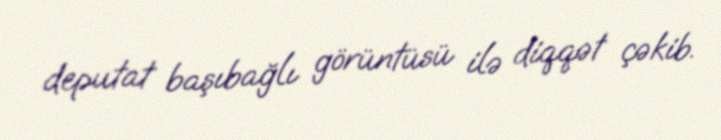
deputat başıbağlı görüntüsü ilə diqqət çəkib.